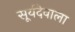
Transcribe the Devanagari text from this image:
सूर्यदेवाला